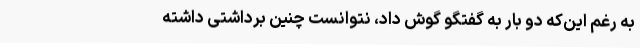
به رغم این‌که دو بار به گفتگو گوش داد، نتوانست چنین برداشتی داشته